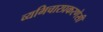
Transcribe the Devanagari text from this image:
व्यभिचारप्रकरणेसी